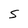
Character: S